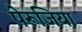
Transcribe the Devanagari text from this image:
पेरूजिया